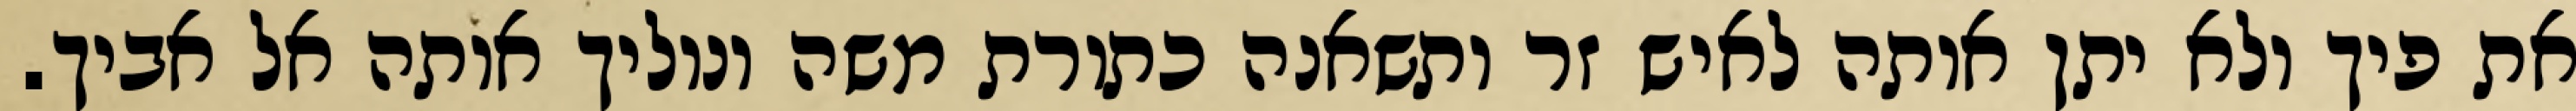
את פיך ולא יתן אותה לאיש זר ותשאנה כתורת משה ונוליך אותה אל אביך.